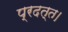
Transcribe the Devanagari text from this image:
प्रदत्त।